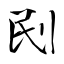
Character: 刡